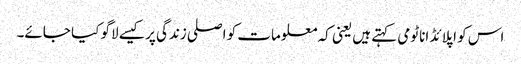
اس کو اپلائڈ اناٹومی کہتے ہیں یعنی کہ معلومات کو اصلی زندگی پر کیسے لاگو کیا جائے۔